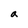
Character: a